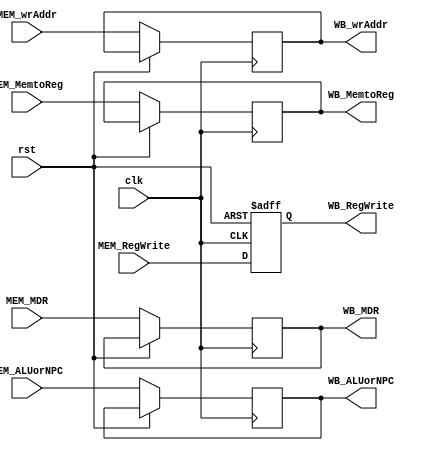
`timescale 1ns / 1ps
//////////////////////////////////////////////////////////////////////////////////
// Company: 
// Engineer: 
// 
// Design Name: 
// Module Name: MEM_WB_Reg
// Project Name: 
// Target Devices: 
// Tool Versions: 
// Description: 
// 
// Dependencies: 
// 
// Revision:
// Revision 0.01 - File Created
// Additional Comments:
// 
//////////////////////////////////////////////////////////////////////////////////


module MEM_WB_Reg(
    input clk, rst,
    input MEM_RegWrite, MEM_MemtoReg,
    input [31:0] MEM_MDR, MEM_ALUorNPC,
    input [4:0] MEM_wrAddr,
    output reg WB_RegWrite, WB_MemtoReg,
    output reg [31:0] WB_MDR, WB_ALUorNPC,
    output reg [4:0] WB_wrAddr
    );
        
    always@ (posedge clk,posedge rst)
        if(rst)
            WB_RegWrite <= 0;
        else
            begin
                WB_RegWrite <= MEM_RegWrite;
                WB_MemtoReg <= MEM_MemtoReg;
                WB_MDR <= MEM_MDR;
                WB_ALUorNPC <= MEM_ALUorNPC;
                WB_wrAddr <= MEM_wrAddr;
            end    
    
endmodule